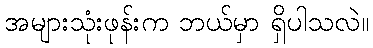
အများသုံးဖုန်းက ဘယ်မှာ ရှိပါသလဲ။